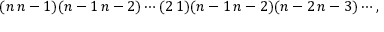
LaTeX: ( n \, n - 1 ) ( n - 1 \, n - 2 ) \cdots ( 2 \, 1 ) ( n - 1 \, n - 2 ) ( n - 2 \, n - 3 ) \cdots ,